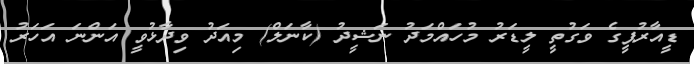
ޑީއާރުޕީގެ ވަގުތީ ލީޑަރު މުހައްމަދު ނަޝީދު (ކާނަލް) މިއަދު ވިދާޅުވީ އަންނަ އަހަރު